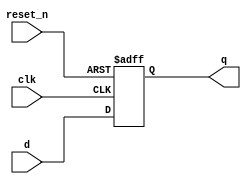
module _dff_r(clk, reset_n, d, q);
	input clk, reset_n, d;
	output q;
	reg q;
	
	// when clk is 1 and reset_n is 0
	always @ (posedge clk or negedge reset_n) begin
	
		if(reset_n == 0)		// if reset is 0
			q <= 1'b0;		// q must be 0
		else
			q <= d;		// q = d by non-blocking
		
	end
	
endmodule